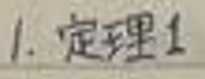
1. 定理1